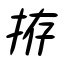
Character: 拵